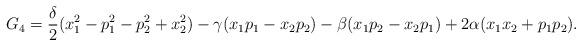
LaTeX: \begin{align*}G_4=\frac{\delta}{2}(x_1^2-p_1^2-p_2^2+x_2^2)-\gamma (x_1p_1-x_2p_2)-\beta (x_1p_2-x_2p_1)+2\alpha (x_1x_2+p_1p_2).\end{align*}